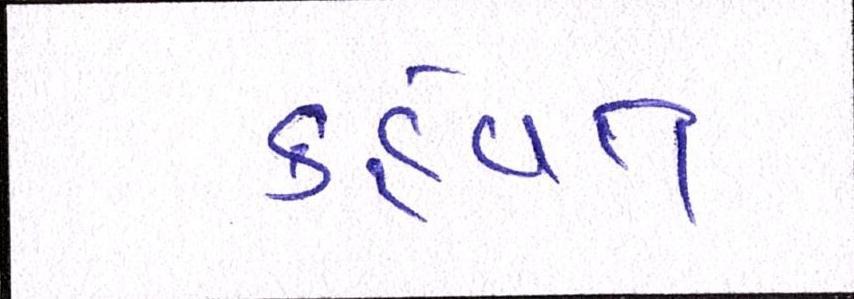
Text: કહેવત